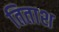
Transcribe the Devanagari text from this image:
तिताश